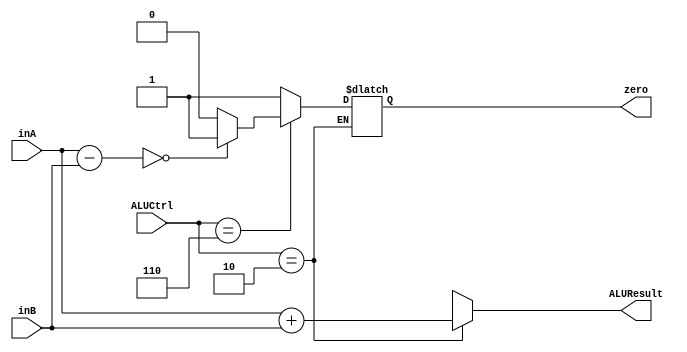
`timescale 1ns/1ps

module ALU (ALUCtrl, inA, inB, ALUResult, zero);
    input [3:0] ALUCtrl;
    input [31:0] inA;
    input [31:0] inB;
    output reg [31:0] ALUResult;
    output reg [0:0] zero;

    always @(ALUCtrl | inA | inB) begin
        case(ALUCtrl)
            4'b0010 : ALUResult = inA + inB; //add, addi, lw, sw
            4'b0110 : begin //beq
                if (inA - inB == 0) begin
                    ALUResult = 32'hXXXXXXXX;
                    zero = 1'b1;
                end else begin
                    ALUResult = 32'hXXXXXXXX;
                    zero = 1'b0;
                end
            end
            default : begin //j
                        ALUResult = 32'hXXXXXXXX;
                        zero = 1'b1;
                    end
        endcase
    end
endmodule